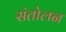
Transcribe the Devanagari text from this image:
संतोलन